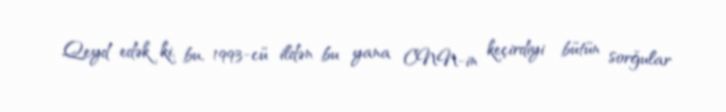
Qeyd edək ki, bu, 1993-cü ildən bu yana CNN-in keçirdiyi bütün sorğular